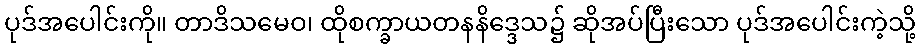
ပုဒ်အပေါင်းကို။ တာဒိသမေဝ၊ ထိုစက္ခာယတနနိဒ္ဒေသ၌ ဆိုအပ်ပြီးသော ပုဒ်အပေါင်းကဲ့သို့